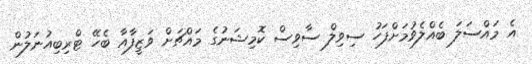
އެ މައްސަލަ ބެއްލެވުމަށްފަހު ސިވިލް ސާވިސް ކޮމިޝަނުގެ މައްޗަށް ވަޒީފާއާ ބެހޭ ޓްރިބިއުނަލުން